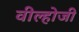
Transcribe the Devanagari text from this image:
वील्होजी